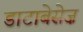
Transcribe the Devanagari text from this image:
डाटाबेसेज़